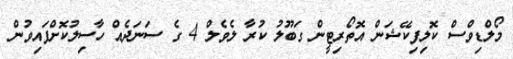
މޯލްޑިވްސް ކޮލިފިކޭޝަން އޮތޯރިޓީން ގަބޫލު ކުރާ ލެވެލް 4 ގެ ސަނަދެއް ހާސިލުކޮށްފައިވުން